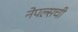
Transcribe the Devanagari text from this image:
नेपल्सची